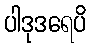
ပါဒုဒရေပိ